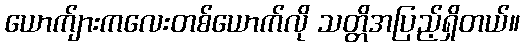
ယောက်ျားကလေးတစ်ယောက်လို သတ္တိအပြည့်ရှိတယ်။